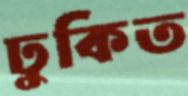
ঢুকিত